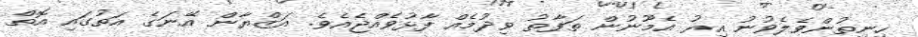
ހިނިތުންވެލެވުނު އިރު އެމޫނުން ތަފާތު ވިދުމެއް ފާޅުވެއްޖެއެވެ. އަޒްޔާން އޭނަގެ އަތުގައި އޮތް